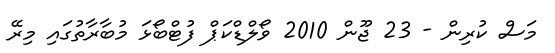
މަސް ކުރިން - 23 ޖޫން 2010 ވޯލްޑްކަޕް ފުޓްބޯޅަ މުބާރާތުގައި މިރޭ